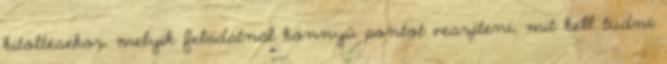
kitöltésekor, melyik feladatnál könnyű pontot veszíteni, mit kell tudni